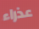
عذراء